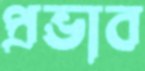
প্রভাব